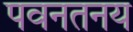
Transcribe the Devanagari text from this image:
पवनतनय